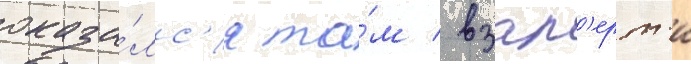
оказа́лс'я та́м / взап'ерт'и